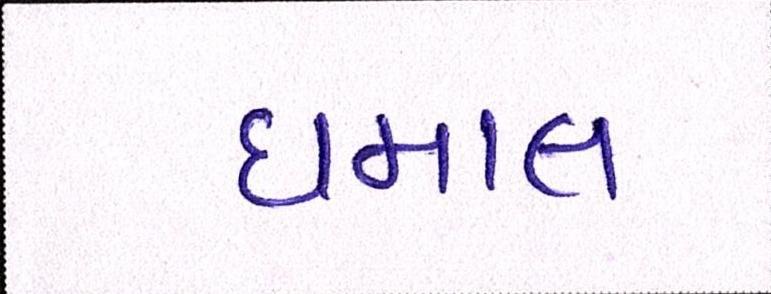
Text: ધમાલ